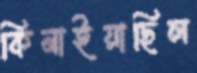
কিনাইয়াছিল